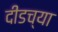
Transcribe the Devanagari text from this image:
दीडच्या